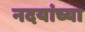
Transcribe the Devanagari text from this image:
नदयांच्या